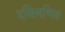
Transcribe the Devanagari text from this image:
दक्षिणचित्र